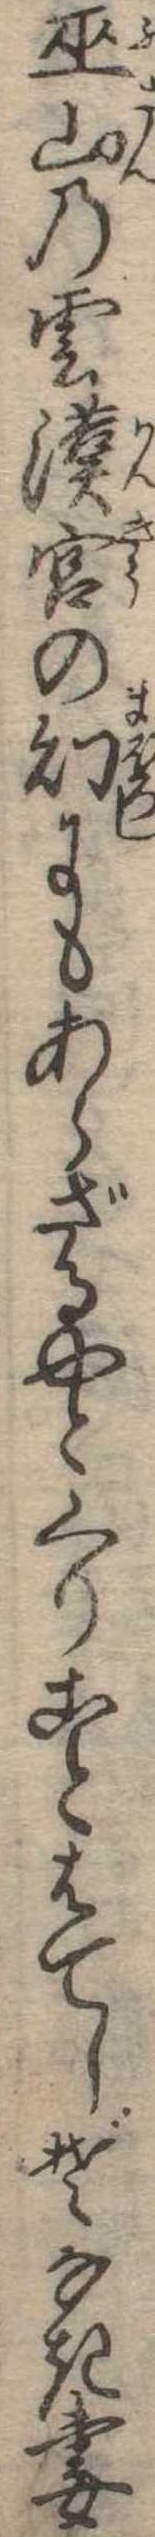
巫山の雲漢宮の幻にあらざるやとくりことはてしぞなき妻